Annual returns of the Patna Lunatic Asylum at Bankipore in Bihar and Orissa - 1912-1924
Year: 1912
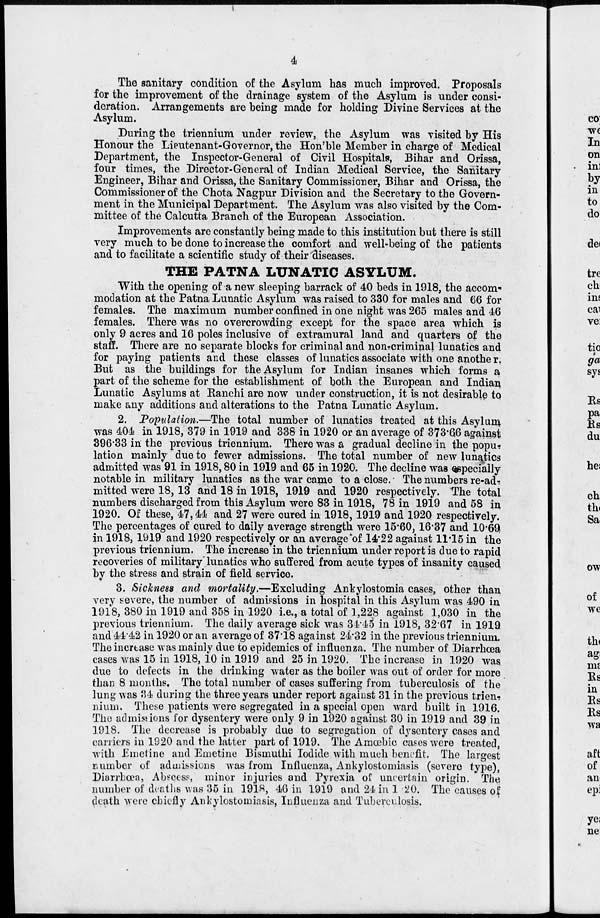
4
The sanitary condition of the Asylum has much improved. Proposals
for the improvement of the drainage system of the Asylum is under consi-
deration. Arrangements are being made for holding Divine Services at the
Asylum.
During the triennium under review, the Asylum was visited by His
Honour the Lieutenant-Governor, the Hon'ble Member in charge of Medical
Department, the Inspector-General of Civil Hospitals, Bihar and Orissa,
four times, the Director-General of Indian Medical Service, the Sanitary
Engineer, Bihar and Orissa, the Sanitary Commissioner, Bihar and Orissa, the
Commissioner of the Chota Nagpur Division and the Secretary to the Govern-
ment in the Municipal Department. The Asylum was also visited by the Com-
mittee of the Calcutta Branch of the European Association.
Improvements are constantly being made to this institution but there is still
very much to be done to increase the comfort and well-being of the patients
and to facilitate a scientific study of their diseases.
THE PATNA LUNATIC ASYLUM.
With the opening of a new sleeping barrack of 40 beds in 1918, the accom¬
modation at the Patna Lunatic Asylum was raised to 330 for males and 66 for
females. The maximum number confined in one night was 265 males and 46
females. There was no overcrowding except for the space area which is
only 9 acres and 16 poles inclusive of extramural land and quarters of the
staff. There are no separate blocks for criminal and non-criminal lunatics and
for paying patients and these classes of lunatics associate with one another.
But as the buildings for the Asylum for Indian insanes which forms a
part of the scheme for the establishment of both the European and Indiain
Lunatic Asylums at Ranchi are now under construction, it is not desirable to
make any additions and alterations to the Patna Lunatic Asylum.
2. Population.—The total number of lunatics treated at this Asylum
was 404 in 1918, 379 in 1919 and 338 in 1920 or an average of 373.66 against
396.33 in the previous triennium. There was a gradual decline in the popu-
lation mainly due to fewer admissions. The total number of new lunatics
admitted was 91 in 1918,80 in 1919 and 65 in 1920. The decline was especially
notable in military lunatics as the war came to a close. The numbers re-ad¬
mitted were 18, 13 and 18 in 1918, 1919 and 1920 respectively. The total
numbers discharged from this Asylum were 83 in 1918, 78 in 1919 and 58 in
1920. Of these, 47,44 and 27 were cured in 1918,1919 and 1920 respectively.
The percentages of cured to daily average strength were 15.60, 16.37 and 10.69
in 1918, 1919 and 1920 respectively or an average of 14.22 against 11.15 in the
previous triennium. The increase in the triennium under report is due to rapid
recoveries of military" lunatics who suffered from acute types of insanity caused
by the stress and strain of field service.
3. Sickness and mortality.—Excluding
Ankylostomia cases, other than
very severe, the number of admissions in hospital in this Asylum was 490 in
1918, 380 in 1919 and 358 in 1920 i.e., a total of 1,228 against 1,030 in the
previous triennium. The daily average sick was 34.45 in 1918, 32.67 in 1919
and 44.42 in 1920 or an average of 37.18 against 24.32 in the previous triennium.
The increase was mainly due to epidemics of influenza. The number of Diarrhœa
cases was 15 in 1918, 10 in 1919 and 25 in 1920. The increase in 1920 was
due to defects in the drinking water as the boiler was out of order for more
than 8 months. The total number of cases suffering from tuberculosis of the
lung was 34 during the three years under report against 31 in the previous trien-
nium. These patients were segregated in a special open ward built in 1916.
The admissions for dysentery were only 9 in 1920 against 30 in 1919 and 39 in
1918. The decrease is probably due to segregation of dysentery cases and
carriers in 1920 and the latter part of 1919. The Amœbic cases were treated,
with Emetine and Emetine Bismuthi Iodide with much benefit. The largest
number of admissions was from Influenza, Ankylostomiasis (severe type),
Diarrhœa, Abscess, minor injuries and Pyrexia of uncertain origin. The
number of deaths was 35 in 1918, 46 in 1919 and 24 in 1 20. The causes of
death were chiefly Ankylostomiasis, Influenza and Tuberculosis.